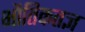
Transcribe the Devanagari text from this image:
भौतिकतज्ञ